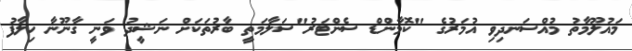
މައުލޫމާތު މުއްސަނދިވި އުމަރުގެ "ކޮމާންޑް ސެންޓަރު"ސަލާމަތީ ބާރުތަކަށް ނަޝީދު ވަނީ ގާނޫނާ ހިލާފު